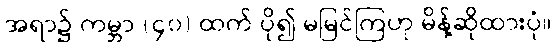
အရာ၌ ကမ္ဘာ (၄၀) ထက် ပို၍ မမြင်ကြဟု မိန့်ဆိုထားပုံ။